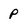
Character: p